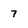
Character: 7